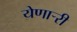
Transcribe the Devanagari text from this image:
येणार्‍री